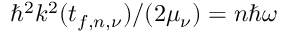
\hbar ^ { 2 } k ^ { 2 } ( t _ { f , n , \nu } ) / ( 2 \mu _ { \nu } ) = n \hbar \omega